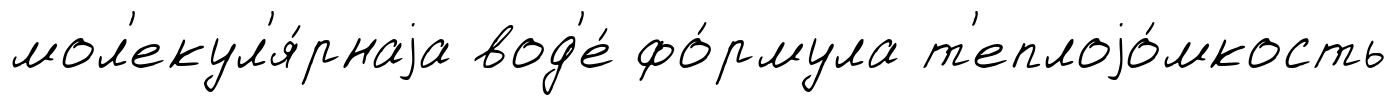
мол'екул'я́рнаjа вод'е́ фо́рмула т'еплоjо́мкость